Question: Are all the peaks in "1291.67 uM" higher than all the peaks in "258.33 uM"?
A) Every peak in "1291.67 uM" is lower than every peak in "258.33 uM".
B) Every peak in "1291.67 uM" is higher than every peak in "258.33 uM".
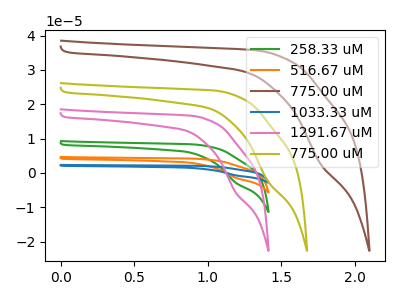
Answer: <think>The green curve "258.33 uM" has a cathodic peak at: (1.20V, -2.80uA). The orange curve "516.67 uM" has a cathodic peak at: (1.20V, -5.65uA). The brown curve "775.00 uM" has a cathodic peak at: (1.75V, 2.65uA). The blue curve "1033.33 uM" has a cathodic peak at: (1.20V, -8.45uA). The pink curve "1291.67 uM" has a cathodic peak at: (1.20V, -5.60uA). The olive curve "775.00 uM" has a cathodic peak at: (1.40V, -2.45uA).</think>
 <answer>B) Every peak in "1291.67 uM" is higher than every peak in "258.33 uM".</answer>
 <eval>B</eval>